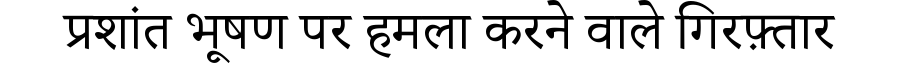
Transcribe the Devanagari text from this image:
प्रशांत भूषण पर हमला करने वाले गिरफ़्तार